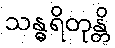
သန္ဓရိတုန္တိ